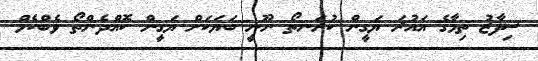
ސިފާޒު ތިމާގެ އައުރަ ޔަގީން ކުރަނތޯ ނޫނީ ބަޔަކަށް ޔަގީން ކޮއްދެންތޯ ވެބްކެމް